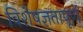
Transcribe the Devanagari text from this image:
विशेषज्ञतापूर्ण